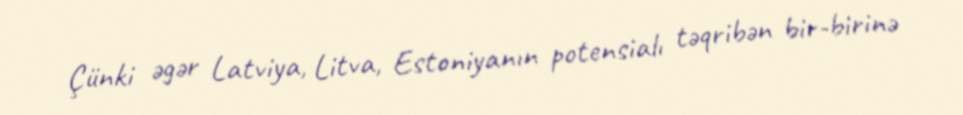
Çünki əgər Latviya, Litva, Estoniyanın potensialı təqribən bir-birinə